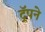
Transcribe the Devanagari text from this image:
ट्रॅपने